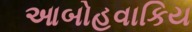
આબોહવાકિય